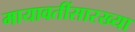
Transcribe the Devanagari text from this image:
मायावतींसारख्या